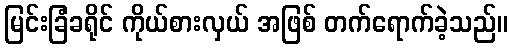
မြင်းခြံခရိုင် ကိုယ်စားလှယ် အဖြစ် တက်ရောက်ခဲ့သည်။